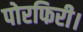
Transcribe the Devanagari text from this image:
पोरफिरी।